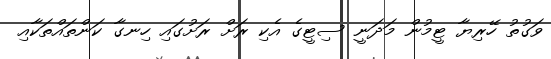
ވަގުތު ހޭރިޔާ ޓީމުން މަދަނީ ސިޓީގެ އެކި ރަށް ރަށުގައި ހިނގާ ކަންތައްތަކާއި